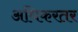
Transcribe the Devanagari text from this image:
अधिकरतर